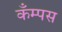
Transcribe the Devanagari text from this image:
कँम्पस